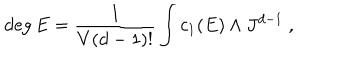
LaTeX: \deg E = \frac { 1 } { V ( d - 1 ) ! } \int c _ { 1 } ( E ) \wedge J ^ { d - 1 } \ ,